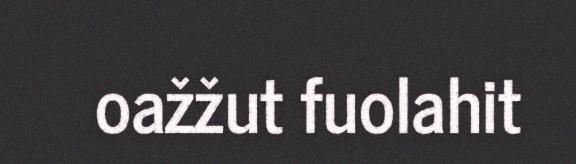
oažžut fuolahit